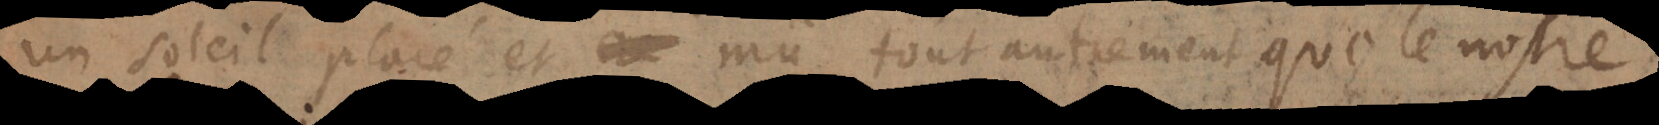
un soleil placé et mû tout autrement que le nostre